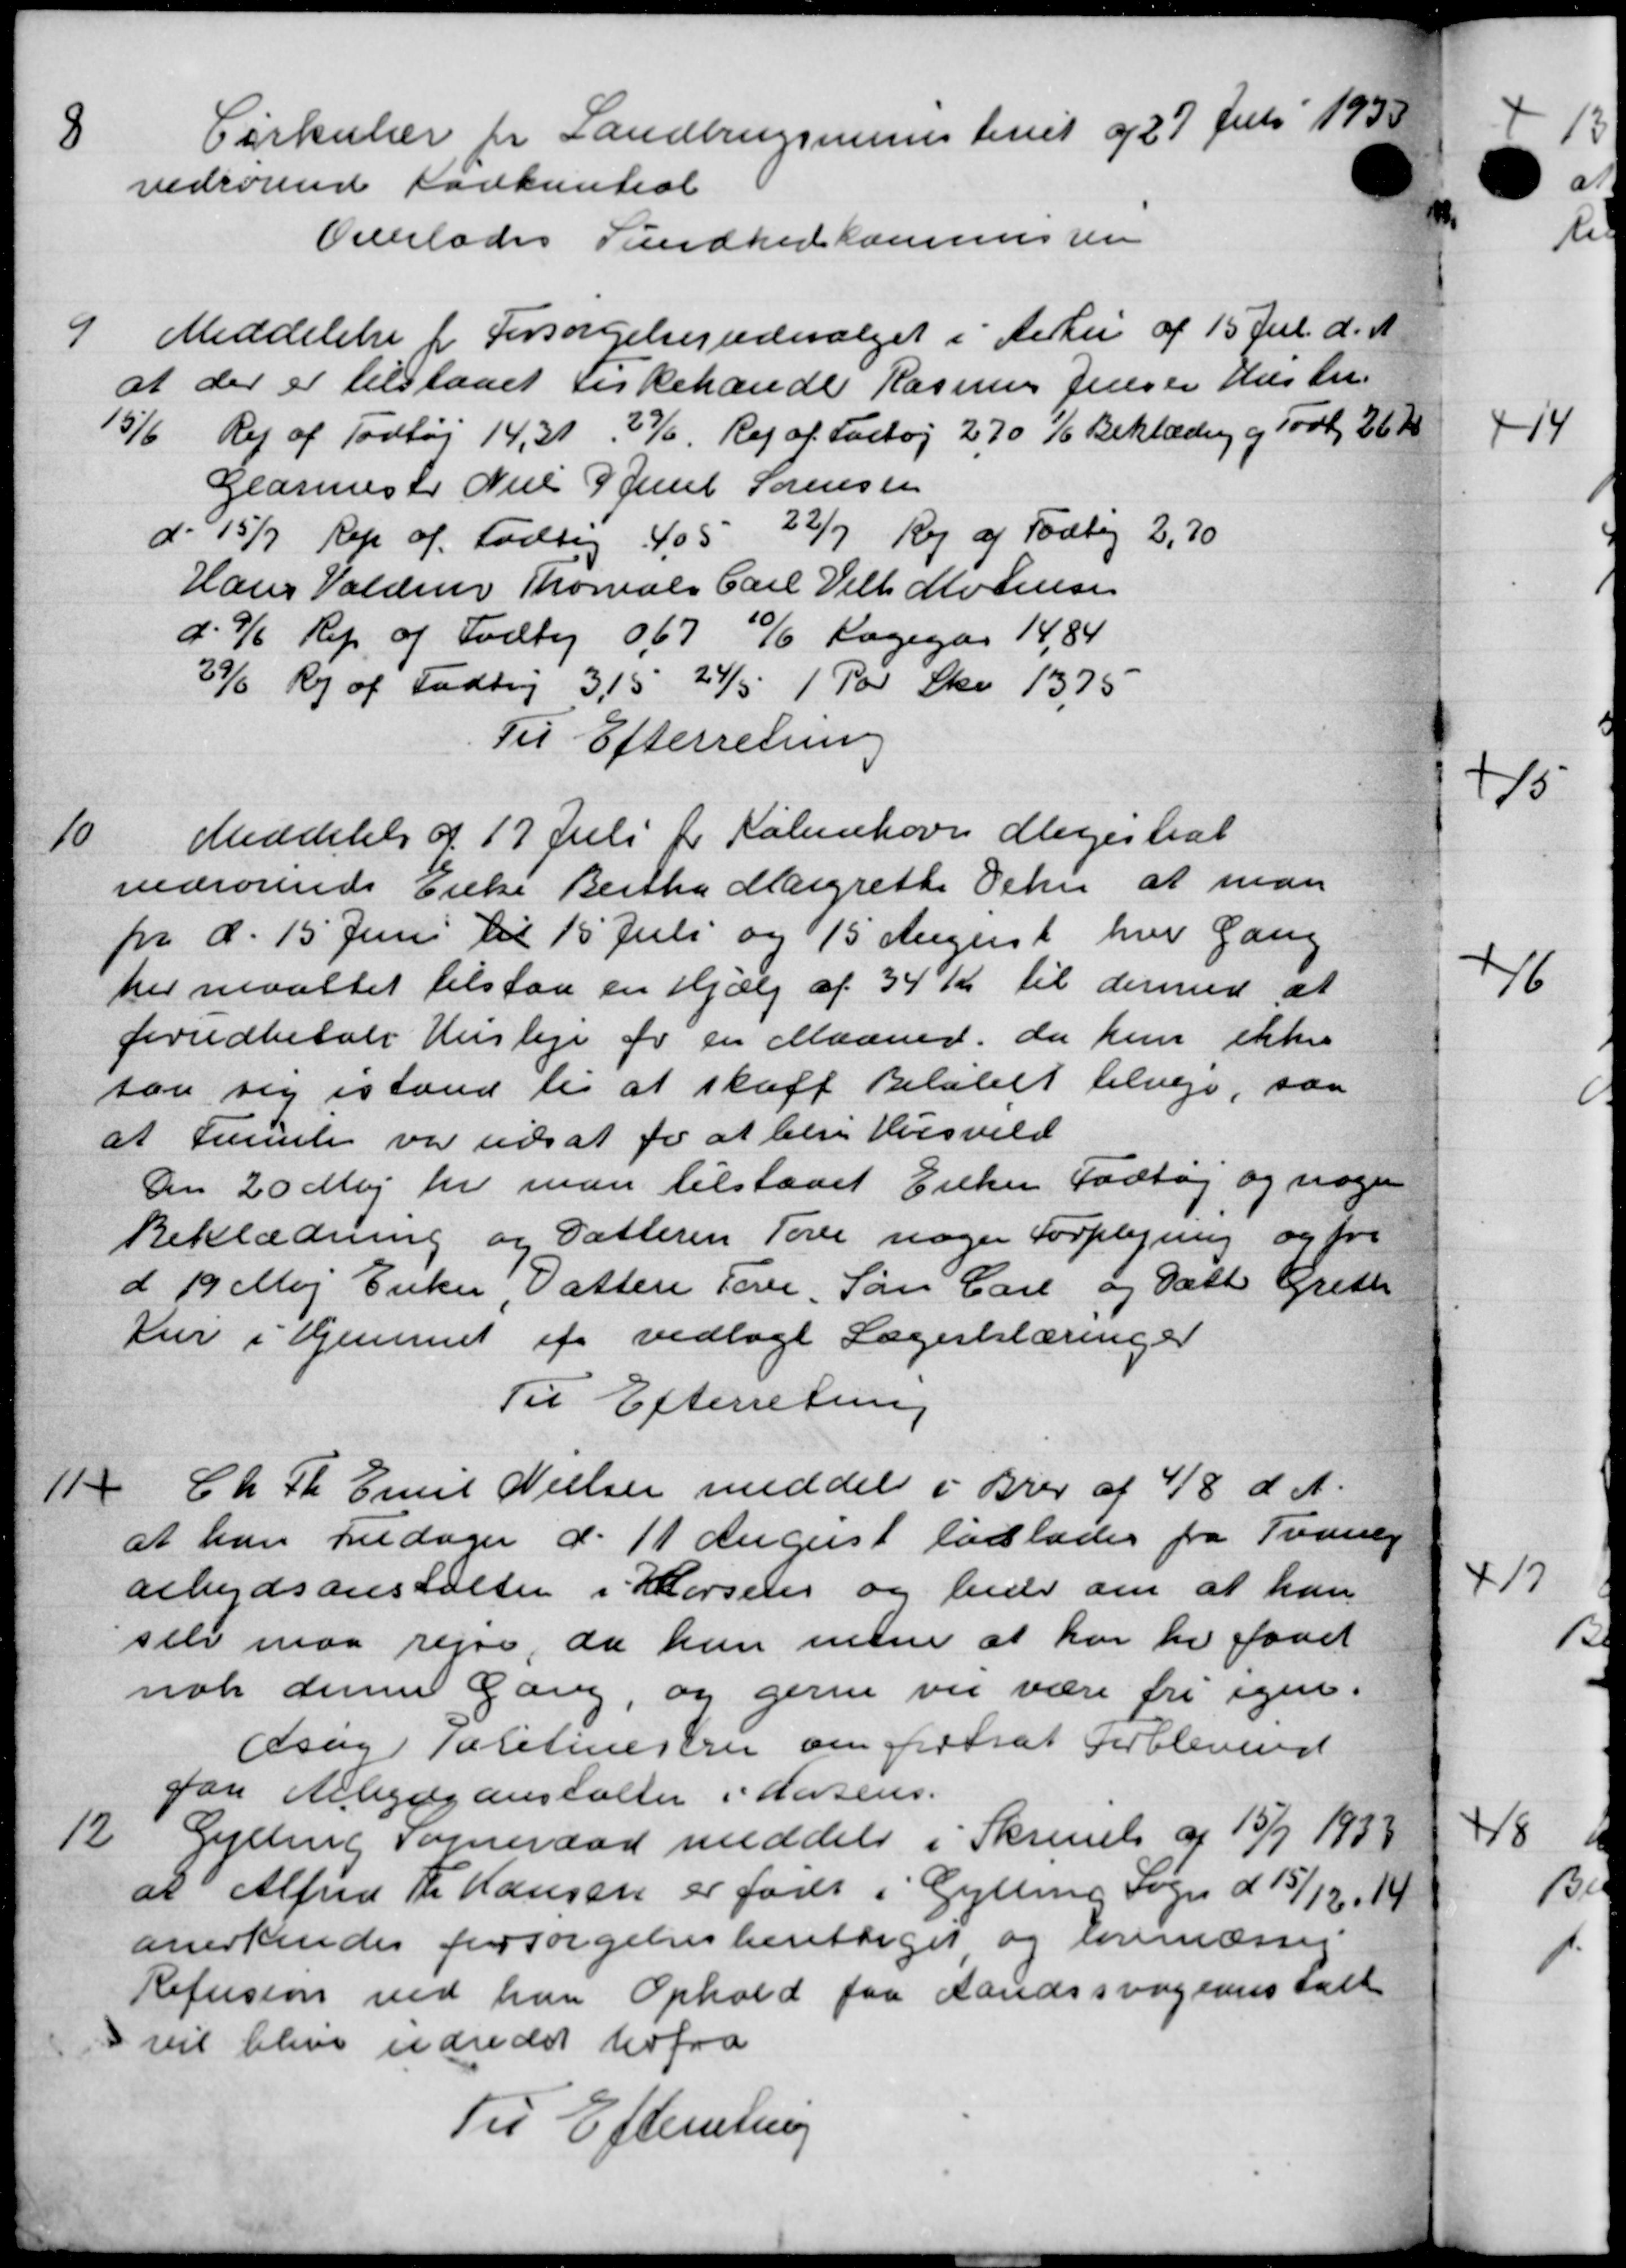
Transskription:
8
Cirkulære for Landbrugsministeriet af 27 Juli 1933
vedrørende Kodkentral
Overlodes Sundhedskommissen
9
Meddelelse for Forsørgelsesudvalget i Arhu af 15 Jul. d. A.
at der er tilstaaet Fiskehandle Rasmus Jensen Hustru.
15/6 Rej af Todtøj 14, 31, 27/6. Rej af Fartøj 2.70 % Beklædning og Tovby 26 Kr.
Glarmester Niels P. Juul Sørensen
d. 15/7 Rep af Fodbog 405 22/7 Ry af Fodby 2,70
Hans Valder Thorals Carl Vilh. Motensen
d. 9/6 Rep. af Fodtøj 067 10/6 Lagegas 14,84
29/6 Kr af Fodtøj 3,15 24/5 1 Par Sko 13,75
Til Efterretning
10
Meddelelse af 17 Juli for København Magistrat
vedrørende Enke Bertha Margrethe Oehn at man
pr d. 15' Juni til 15 Juli og 15 August hver Gang
her maattet tilstaa en Hjælp af 34 Kr. til dermed at
forudbetale Husleje for en Maaned, da hun ikke
saa sig istand til at skaff Beløbet tilveje, saa
at trente var udsat for at beri Husvild
Den 20 Maj for man tilstaaet Enken Fodbog og nogen
Beklædning og Datteren Tove nogen Forplejning og for
d 19 Maj Enker, Vatten Fore, Søn Carl og Datte Grethe
Kur i Hjemmet af vedlage Lægerklæringer
Til Efterretning
11
Ch. Th. Emil Nielsen meddele i Brev af 4/8 d. A.
at han Fredager d. 11 August løslades fra Traaby
arbejdsanstalter i Kørseler og hede om at han
selv maa rejse, da hun men at har er faaet
nok denne Gang, og gerne vil være fri igen-
Asag Politimesten om fastsat forblevend
paa Arbejdsanstalter i Horsens.
12
Gylling Sogneraad meddele i Skrivelse af 15/7 1933
at Alfred Fr Hansen er føres i Gylling Sogn d. 15/12 19
anerkendes forsørgelsesberettiget og lovmæssig
Refusion ved han Ophold fra Aandssvageanstalt
vil blive udredet herfra
Til Efterretning